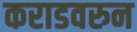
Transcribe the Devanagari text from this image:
कराडवरुन